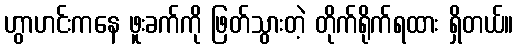
ဟွာဟင်းကနေ ဖူးခက်ကို ဖြတ်သွားတဲ့ တိုက်ရိုက်ရထား ရှိတယ်။